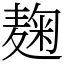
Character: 麹